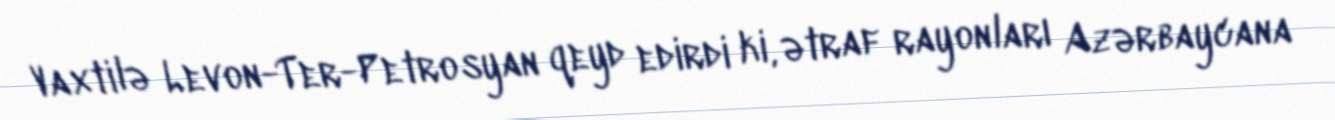
Vaxtilə Levon-Ter-Petrosyan qeyd edirdi ki, ətraf rayonları Azərbaycana